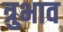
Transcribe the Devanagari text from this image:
त्रुभाव